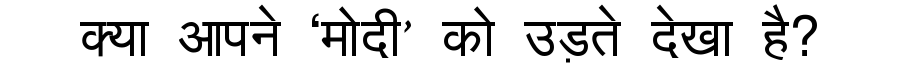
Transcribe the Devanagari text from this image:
क्या आपने ‘मोदी’ को उड़ते देखा है?